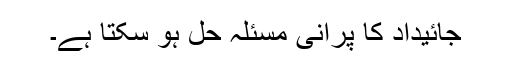
جائیداد کا پرانی مسئلہ حل ہو سکتا ہے۔